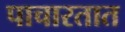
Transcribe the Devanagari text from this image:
पाचारतात